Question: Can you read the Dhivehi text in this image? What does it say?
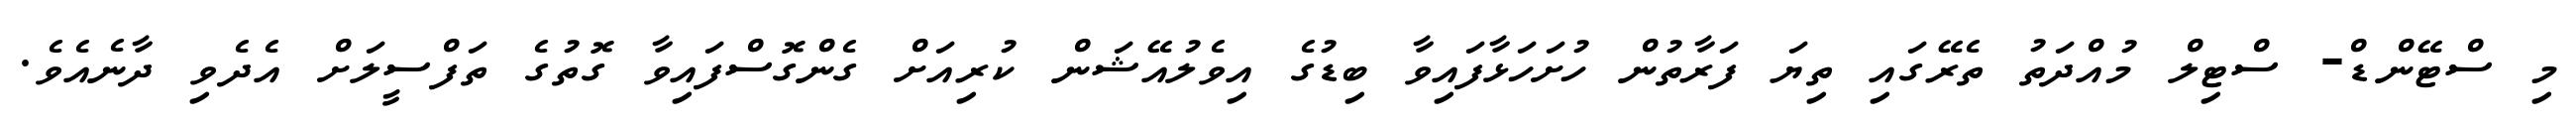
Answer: މި ސްޓޭންޑް- ސްޓިލް މުއްދަތު ތެރޭގައި ތިޔަ ފަރާތުން ހުށަހަޅާފައިވާ ބިޑުގެ އިވެލުއޭޝަން ކުރިއަށް ގެންގޮސްފައިވާ ގޮތުގެ ތަފްސީލަށް އެދެވި ދާނެއެވެ.